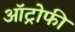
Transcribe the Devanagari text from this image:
ऑट्रोफी